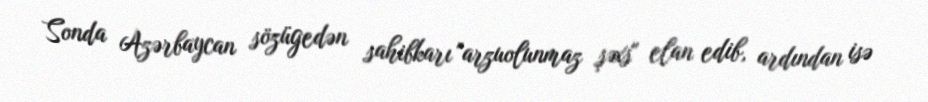
Sonda Azərbaycan sözügedən sahibkarı "arzuolunmaz şəxs" elan edib, ardından isə